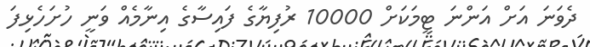
ދެވަނަ އަށް އަންނަ ޓީމަކަށް 10000 ރުފިޔާގެ ފައިސާގެ އިނާމެއް ވަނީ ހުށަހެޅިފަ